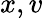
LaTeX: x,v